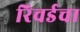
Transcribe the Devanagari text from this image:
रिचर्डचा